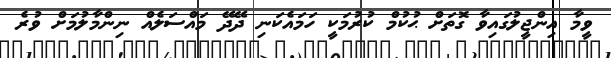
ވީމާ އިންޖީލުގައިވާ ގޮތަށް ޙުކުމް ކުރުމަކީ ހަމައެކަނި ދޭދޭ މައްސަލެއް ނިންމާލުމަށް ވުރެ